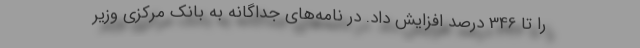
را تا 346 درصد افزایش داد. در نامه‌های جداگانه به بانک مرکزی وزیر